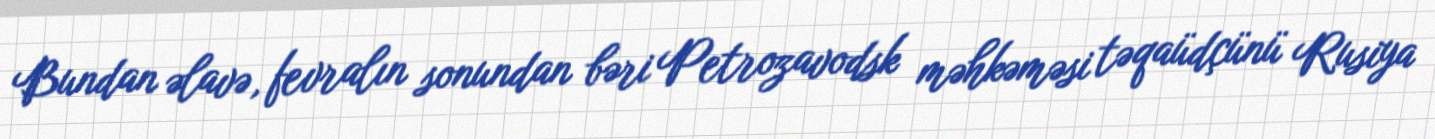
Bundan əlavə, fevralın sonundan bəri Petrozavodsk məhkəməsi təqaüdçünü Rusiya